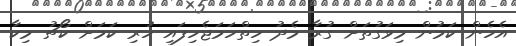
އެހެން ކަމުން މިވަގުތަށް ގުރާ މެދު ހިތްހަމަޖެހިފައި ހުރި ކަމަށް ކޯޗު މިކާ